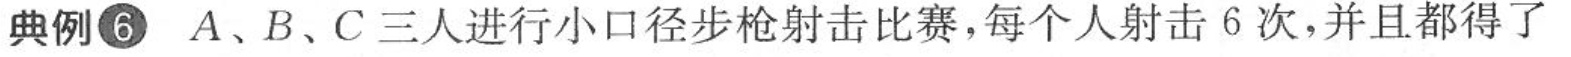
典例⑥A、B、C三人进行小口径步枪射击比赛，每个人射击6次，并且都得了